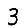
Digit: 3